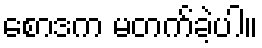
စောဒက မတက်ခဲ့ပါ။